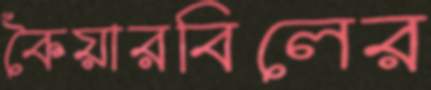
কৈয়ারবিলের